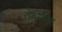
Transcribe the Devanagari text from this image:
रोहलिआ